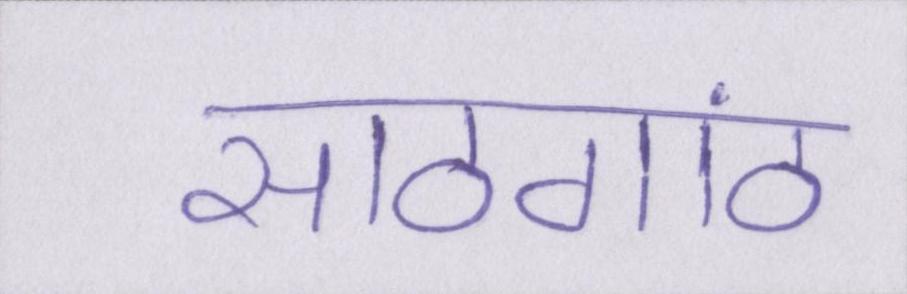
साठगांठ